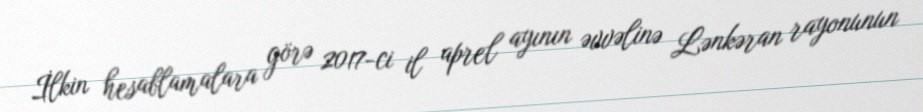
İlkin hesablamalara görə 2017-ci il aprel ayının əvvəlinə Lənkəran rayonunun